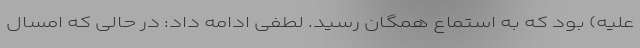
علیه) بود که به استماع همگان رسید. لطفی ادامه داد: در حالی که امسال